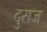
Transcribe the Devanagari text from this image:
दुराज